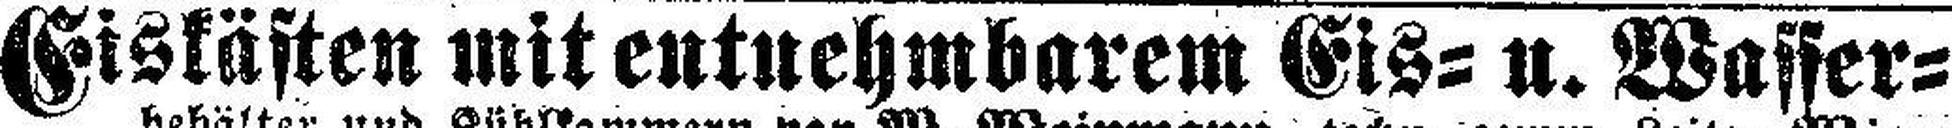
Eiskästen mit entnehmbarem Eis= u. Wasser¬